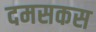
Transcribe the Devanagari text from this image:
दमसकस